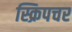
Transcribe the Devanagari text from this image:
स्क्रिपचर